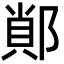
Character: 䣔